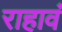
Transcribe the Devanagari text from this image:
राहावं